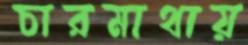
চারমাথায়